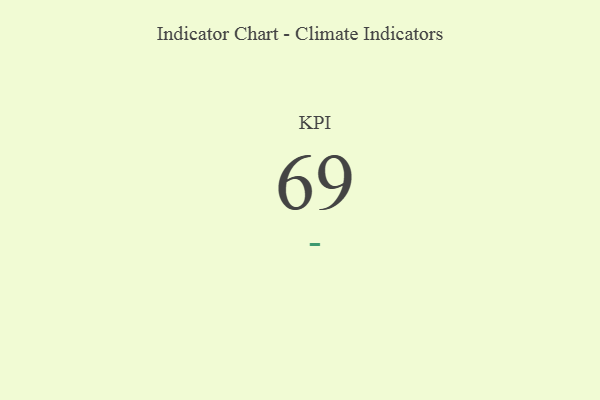
{"axis": {"x": "KPI", "y": "Value"}, "legend": [""], "data": [{"x": "KPI", "y": 69, "type": ""}]}